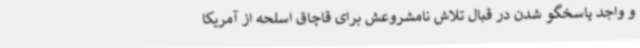
و واجد پاسخگو شدن در قبال تلاش نامشروعش برای قاچاق اسلحه از آمریکا